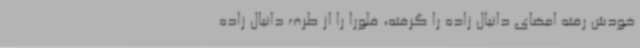
خودش رفته امضای دانیال زاده را گرفته، فلورا را از طرف دانیال زاده